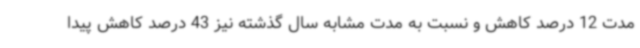
مدت 12 درصد کاهش و نسبت به مدت مشابه سال گذشته نیز 43 درصد کاهش پیدا